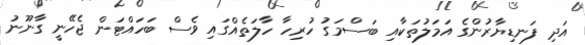
އަދި ފަނޑިޔާރުންގެ އަމަލުތަކާއި ބަސްމަގު ހުރިހާ ހާލަތެއްގައި ވެސް ބަހައްޓަން ޖެހޭނީ ގާނޫނު